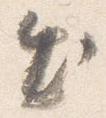
出